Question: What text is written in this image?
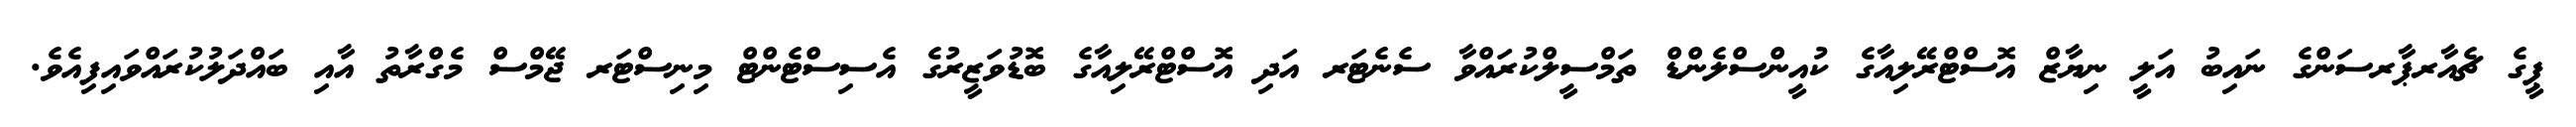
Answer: ޕީގެ ޗެއާރޕާރސަންގެ ނައިބު އަލީ ނިޔާޒް އޮސްޓްރޭލިއާގެ ކުއީންސްލެންޑް ތަމްސީލްކުރައްވާ ސެނެޓަރ އަދި އޮސްޓްރޭލިއާގެ ބޮޑުވަޒީރުގެ އެސިސްޓެންޓް މިނިސްޓަރ ޖޭމްސް މެގްރާތު އާއި ބައްދަލުކުރައްވައިފިއެވެ.